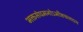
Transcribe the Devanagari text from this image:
भक्तसंघमनोऽभीष्टफलदाय